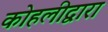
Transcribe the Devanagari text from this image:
कोहलीद्वारा